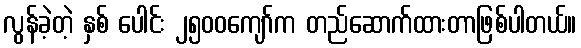
လွန်ခဲ့တဲ့ နှစ် ပေါင်း ၂၅၀၀ကျော်က တည်ဆောက်ထားတာဖြစ်ပါတယ်။